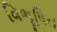
વિભૂષિત